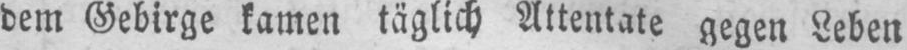
dem Gebirge kamen täglich Attentate gegen Leben